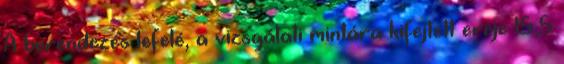
A berendezés lefelé, a vizsgálati mintára kifejtett ereje 15,5